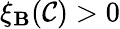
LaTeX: \xi_{\mathbf{B}}(\mathcal{{C}})>0